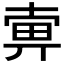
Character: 𤱿